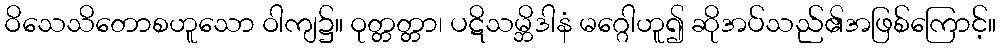
ဝိသေသိတောစဟူသော ဝါကျ၌။ ဝုတ္တတ္တာ၊ ပဋိသမ္ဘိဒါနံ မဂ္ဂေါဟူ၍ ဆိုအပ်သည်၏အဖြစ်ကြောင့်။